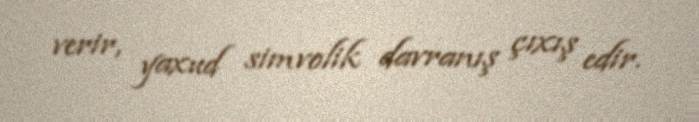
verir, yaxud simvolik davranış çıxış edir.